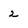
Character: 2